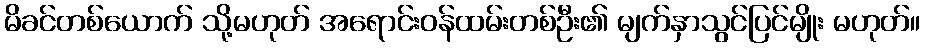
မိခင်တစ်ယောက် သို့မဟုတ် အရောင်းဝန်ထမ်းတစ်ဦး၏ မျက်နှာသွင်ပြင်မျိုး မဟုတ်။